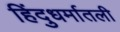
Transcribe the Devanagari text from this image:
हिंदुधर्मातली